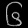
Digit: ၆